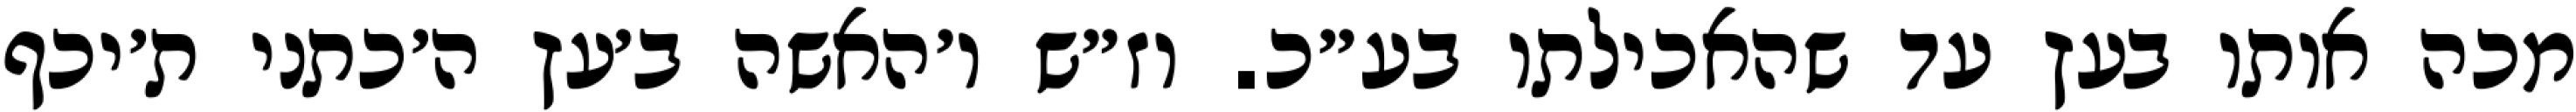
מכה אותו בעץ עד שהאכילתו בע״כ. וז״ש ו׳האשה ב׳עץ ה׳כתני ת׳יכף